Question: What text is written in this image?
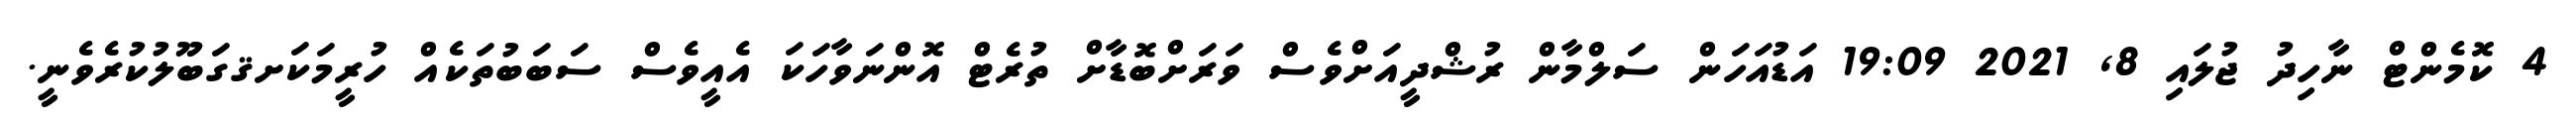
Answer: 4 ކޮމެންޓް ނާހިދު ޖުލައި 8, 2021 19:09 އަޑުއަހަން ސަލްމާން ރުޝްދީއަށްވެސް ވަރަށްބޮޑާށް ތުރެޓް އޮންނަވާހަކަ އެއީވެސް ސަބަބުތަކެއް ހުރީމަކަށޤގަބޫލުކުރެވެނީ.